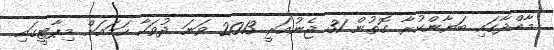
މާއްދާގައި ބަޔާންކުރާ ގޮތުން 31 ޖެނުއަރީ 2013 ވަނަ ދުވަހާ ހަމައަށް މިޕާޓީގައި